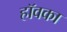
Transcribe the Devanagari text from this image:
हॉवका